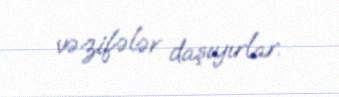
vəzifələr daşıyırlar.